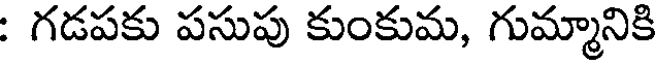
: గడపకు పసుపు కుంకుమ, గుమ్మానికి